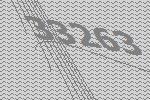
33263